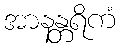
အာနန္တရိကံ